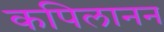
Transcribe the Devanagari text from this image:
कपिलानन